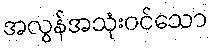
အလွန်အသုံးဝင်သော